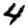
Digit: 4